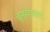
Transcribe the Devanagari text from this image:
ब्रूमहैण्डल